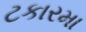
ટકારમા